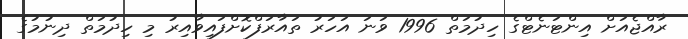
ރާއްޖެއަށް އިންޓަނެޓްގެ ހިދުމަތް 1996 ވަނަ އަހަރު ތައާރަފްކޮށްފައިވާއިރު މި ހިދުމަތް ދިނުމުގެ